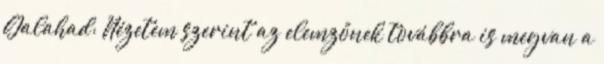
Galahad: Nézetem szerint az elemzőnek továbbra is megvan a